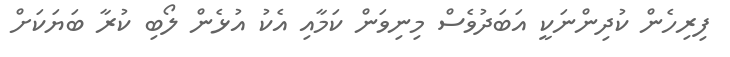
ފިރިހެން ކުދިންނަކީ އަބަދުވެސް މިނިވަން ކަމާއި އެކު އުޅެން ލޯބި ކުރާ ބަޔަކަށް